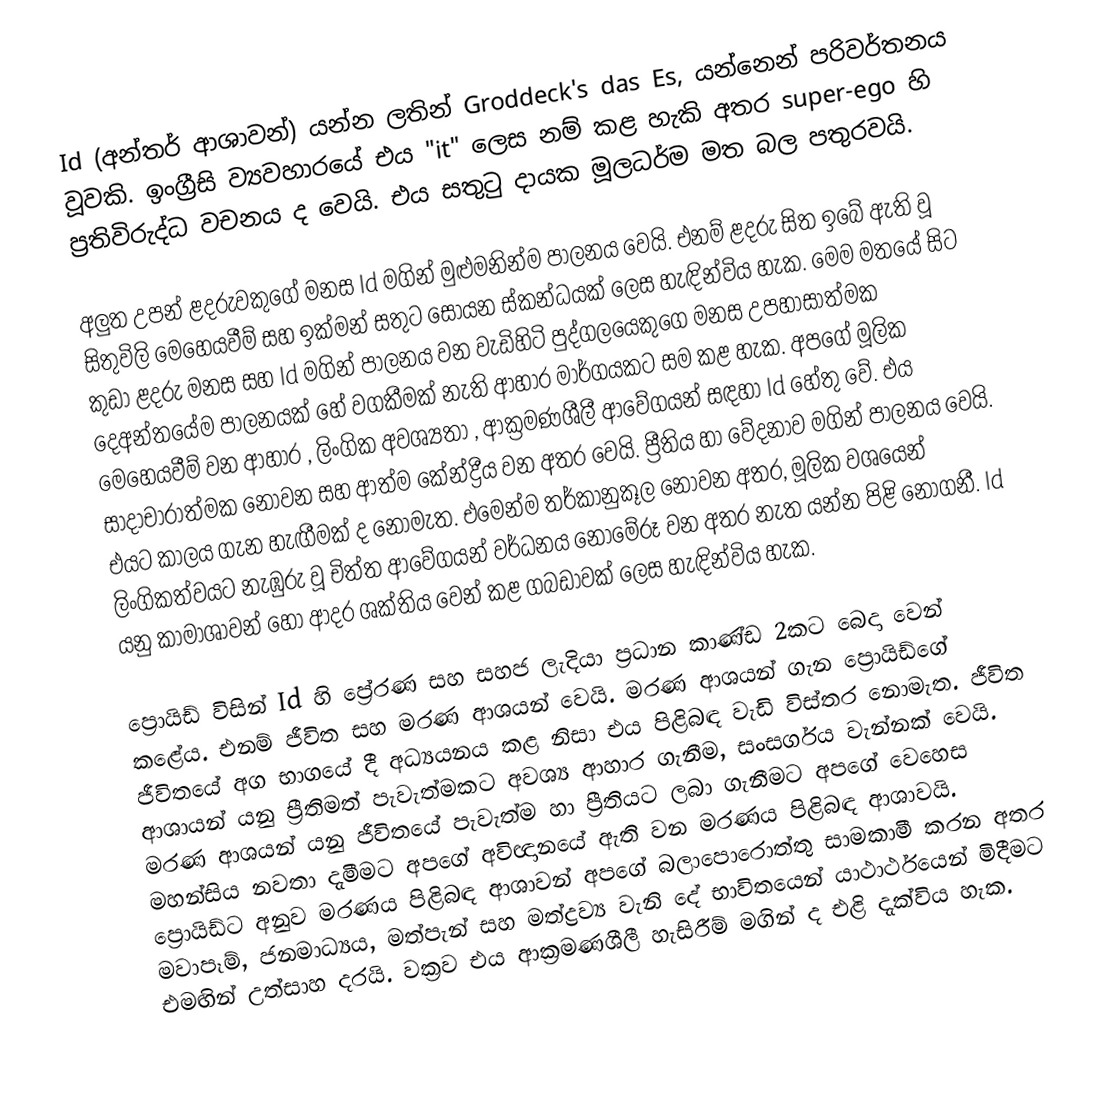
Id (අන්තර් ආශාවන්) යන්න ලතින් Groddeck's das Es, යන්නෙන් පරිවර්තනය වූවකි. ඉංග්‍රීසි ව්‍යවහාරයේ එය "it" ලෙස නම් කළ හැකි අතර super-ego හි ප්‍රතිවිරුද්ධ වචනය ද වෙයි. එය සතුටු දායක මූලධර්ම මත බල පතුරවයි.

අලුත උපන් ළදරුවකුගේ මනස Id මගින් මුළුමනින්ම පාලනය වෙයි. එනම් ළදරු සිත ඉබේ ඇති වූ සිතුවිලි  මෙහෙයවීම් සහ ඉක්මන් සතුට සොයන ස්කන්ධයක් ලෙස හැඳින්විය හැක. මෙම මතයේ සිට කුඩා ළදරු මනස සහ Id මගින් පාලනය වන වැඩිහිටි පුද්ගලයෙකුගෙ මනස උපහාසාත්මක   දෙඅන්තයේම පාලනයක් හේ වගකීමක් නැති ආහාර මාර්ගයකට සම කළ හැක. අපගේ මූලික මෙහෙයවීම් වන ආහාර , ලිංගික අවශ්‍යතා , ආක්‍රමණශීලී ආවේගයන් සඳහා Id හේතු වේ. එය සාදාචාරාත්මක නොවන සහ ආත්ම කේන්ද්‍රීය වන අතර  වෙයි. ප්‍රීතිය හා වේදනාව මගින් පාලනය වෙයි. එයට කාලය ගැන හැඟීමක් ද නොමැත. එමෙන්ම තර්කානුකූල නොවන අතර, මූලික ව‍‍ශයෙන් ලිංගිකත්වයට නැඹුරු වූ චිත්ත ආවේගයන් වර්ධනය නොමේරූ වන අතර නැත යන්න පිළි නොගනී. Id යනු කාමාශාවන් ‍හෝ ආදර ශක්තිය වෙන් කළ ගබඩාවක් ලෙස හැඳින්විය හැක.

ප්‍රොයිඩ් විසින් Id හි ප්‍රේරණ සහ සහජ ලැදියා ප්‍රධාන කාණ්ඩ 2කට බෙදා වෙන් කළේය. එනම් ජීවිත සහ මරණ ආශයන් වෙයි. මරණ ආශයන් ගැන ප්‍රොයිඩ්ගේ ජීවිතයේ අග භාගයේ දී අධ්‍යයනය කළ නිසා එය පිළිබඳ වැඩි විස්තර නොමැත. ජීවිත ආශායන් යනු ප්‍රීතිමත් පැවැත්මකට අවශ්‍ය ආහාර ගැනීම, සංසර්ගය වැන්නක් වෙයි. මරණ ආශයන් යනු ජීවිතයේ පැවැත්ම හා ප්‍රීතියට ලබා ගැනීමට අපගේ වෙහෙස මහන්සිය නවතා දැමීමට අපගේ අවිඥානයේ ඇති වන මරණය පිළිබඳ ආශාවයි. ප්‍රොයිඩ්ට අනුව මරණය පිළිබඳ ආශාවන් අපගේ බලාපොරොත්තු සාමකාමී කරන අතර මවාපෑම්, ජනමාධ්‍යය, මත්පැන් සහ මත්ද්‍රව්‍ය වැනි දේ භාවිතයෙන් යාථාර්ථයෙන් මිදීමට එමඟින් උත්සාහ දරයි. වක්‍රව එය ආක්‍රමණශීලී හැසිරීම් මගින් ද එළි දැක්විය හැක.